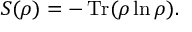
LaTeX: S ( \rho ) = - \operatorname { T r } ( \rho \ln \rho ) .